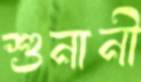
শুনানী